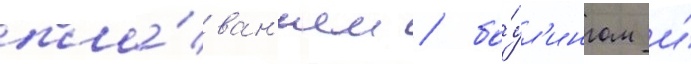
пла́ван'ием / бо́ул'ингом и́